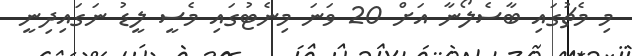
މި މެޗުގައި ބާސެލޯނާ އަށް 20 ވަނަ މިނެޓުގައި މެސީ ލީޑު ނަގައިދިނީ